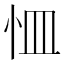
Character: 𭜛